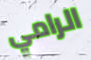
الرامي